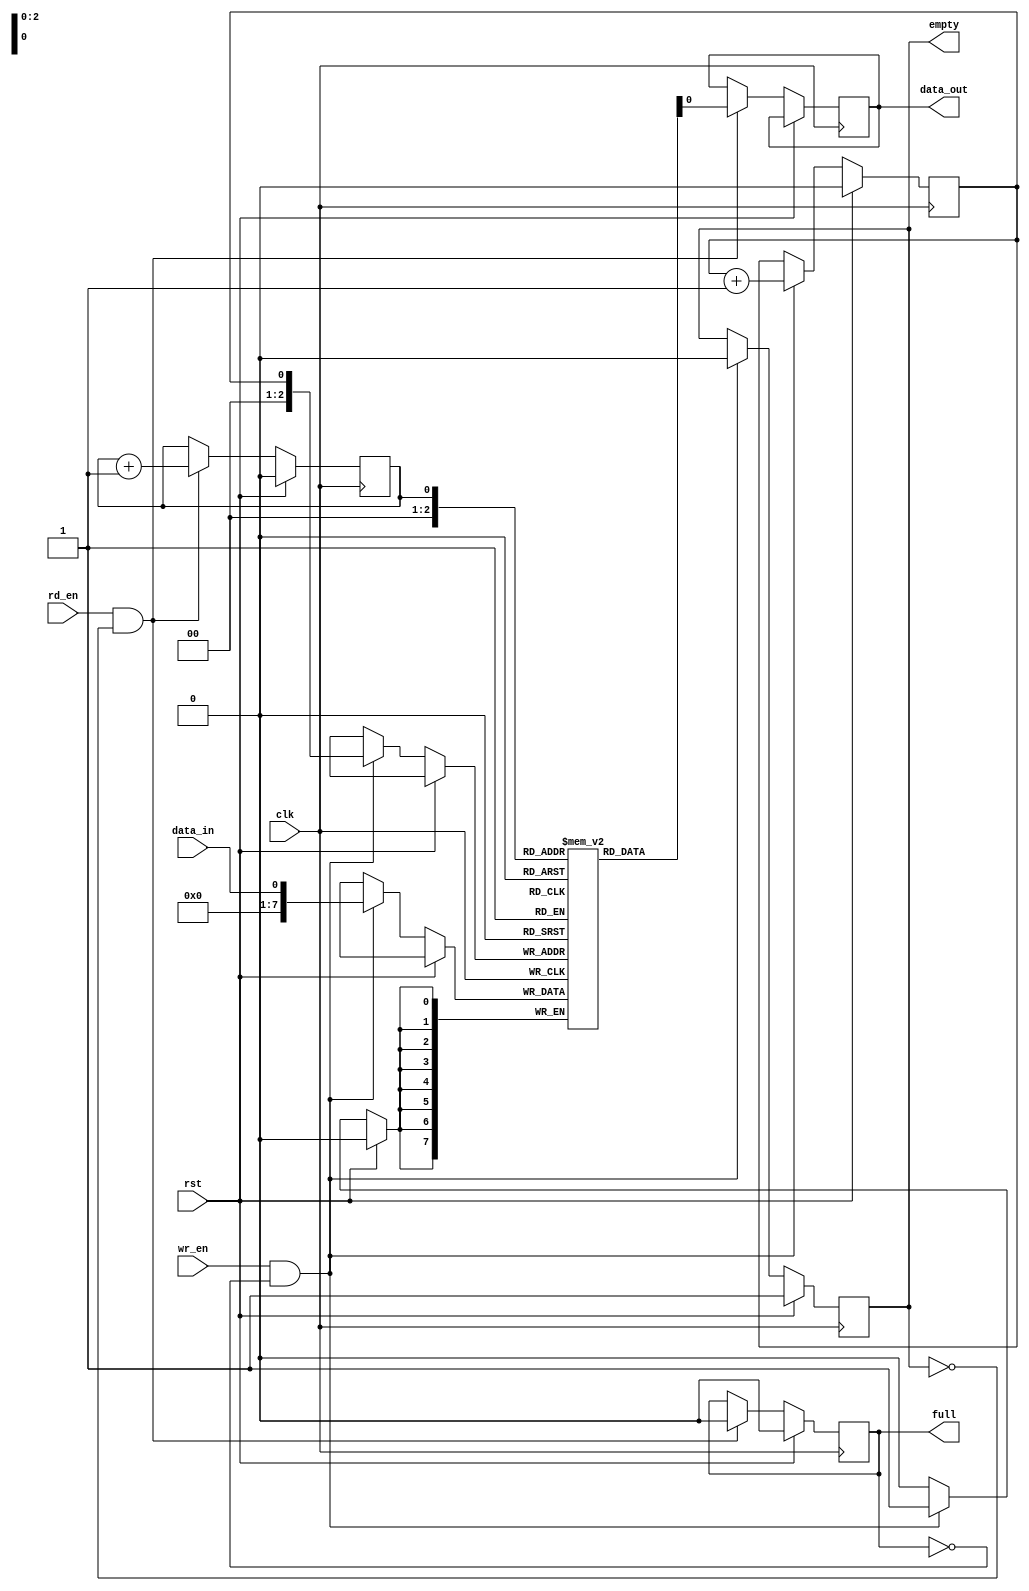
module EdgeSensitiveFIFO (
    input wire clk,
    input wire rst,
    input wire wr_en,
    input wire rd_en,
    input wire data_in,
    output reg data_out,
    output reg full,
    output reg empty
);

reg [7:0] fifo [0:7];
reg wr_ptr = 0;
reg rd_ptr = 0;

always @(posedge clk) begin
    if (rst) begin
        wr_ptr <= 0;
        rd_ptr <= 0;
        full <= 0;
        empty <= 1;
    end else begin
        if (wr_en && !full) begin
            fifo[wr_ptr] <= data_in;
            wr_ptr <= wr_ptr + 1;
            if (wr_ptr == 7) begin
                full <= 1;
            end
            empty <= 0;
        end
        
        if (rd_en && !empty) begin
            data_out <= fifo[rd_ptr];
            rd_ptr <= rd_ptr + 1;
            if (rd_ptr == 7) begin
                empty <= 1;
            end
            full <= 0;
        end
    end
end

endmodule